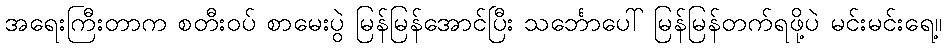
အရေးကြီးတာက စတီးဝပ် စာမေးပွဲ မြန်မြန်အောင်ပြီး သင်္ဘောပေါ် မြန်မြန်တက်ရဖို့ပဲ မင်းမင်းရေ့။